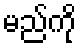
မည်ကို